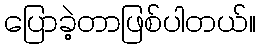
ပြောခဲ့တာဖြစ်ပါတယ်။